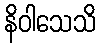
နိဝါသေသိ